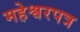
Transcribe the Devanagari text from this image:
महेश्वरपत्र